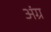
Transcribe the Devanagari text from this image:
अंग्र